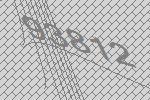
93812